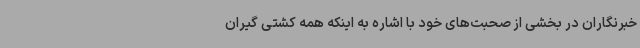
خبرنگاران در بخشی از صحبت‌های خود با اشاره به اینکه همه کشتی گیران